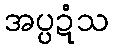
အပ္ပဍံသ